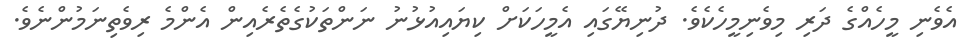
އެވެނި މީހެއްގެ ދަރި މިވެނިމީހެކެވެ. ދުނިޔޭގައި އެމީހަކަށް ކިޔައިއުޅުނު ނަންތަކުގެތެރެއިން އެންމެ ރިވެތިނަމުންނެވެ.